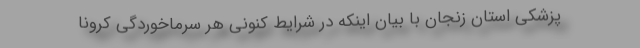
پزشکی استان زنجان با بیان اینکه در شرایط کنونی هر سرماخوردگی کرونا